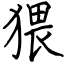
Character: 猥